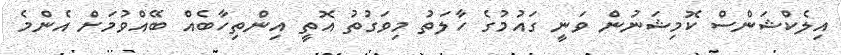
އިލެކްޝަންސް ކޮމިޝަނުން ވަނީ ގައުމުގެ ހާލަތު މިވަގުތު އޮތީ އިންތިހާބެއް ބޭއްވުމަށް އެންމެ